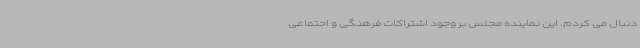
دنبال می کردم. این نماینده مجلس بر وجود اشتراکات فرهنگی و اجتماعی